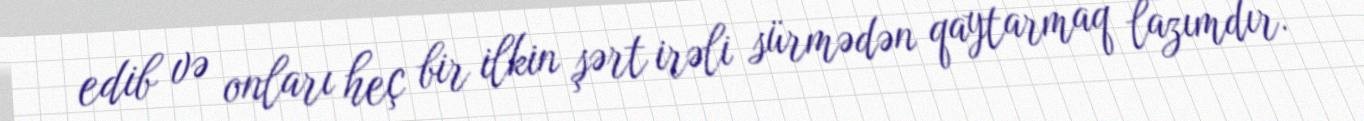
edib və onları heç bir ilkin şərt irəli sürmədən qaytarmaq lazımdır.